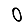
Digit: 0